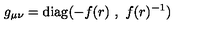
g _ { \mu \nu } = \mathrm { d i a g } ( - f ( r ) \ , \ f ( r ) ^ { - 1 } )